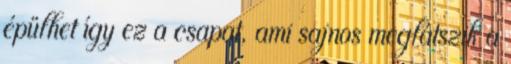
épülhet így ez a csapat, ami sajnos meglátszik a